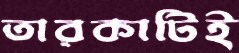
তারকাটিই